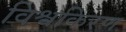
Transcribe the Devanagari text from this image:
विश्वकिरण